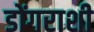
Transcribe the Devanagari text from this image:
डोंगराशी